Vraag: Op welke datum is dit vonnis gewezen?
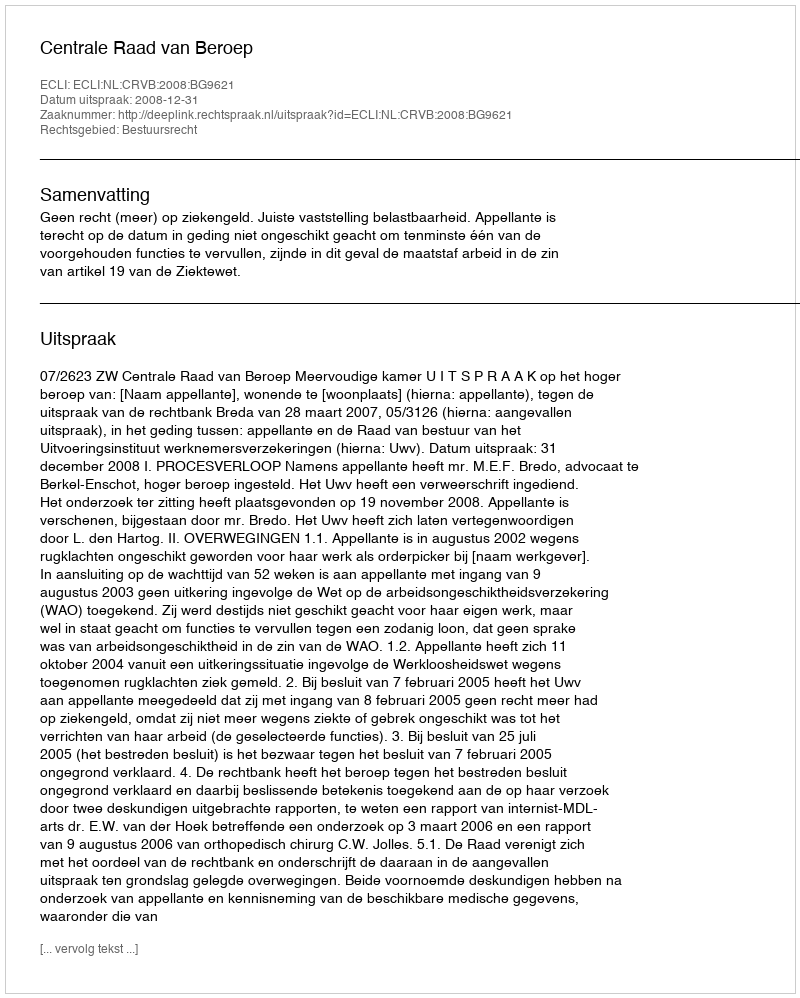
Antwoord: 2008-12-31